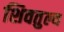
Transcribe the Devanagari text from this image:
शिवतुल्य